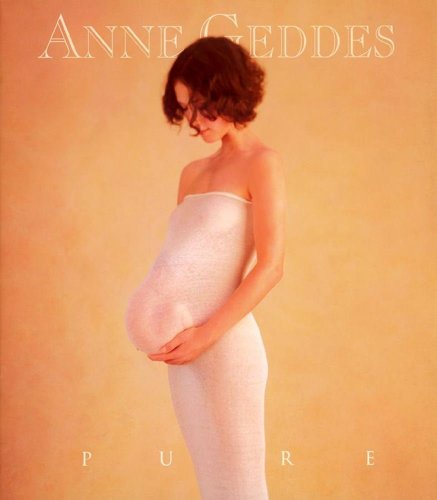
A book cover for Pure; Anne Geddes; Arts & Photography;